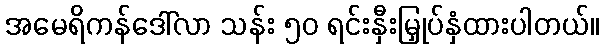
အမေရိကန်ဒေါ်လာ သန်း ၅၀ ရင်းနှီးမြှုပ်နှံထားပါတယ်။